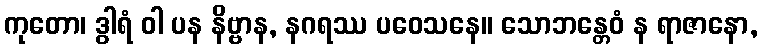
ကုတော၊ ဒွါရံ ဝါ ပန နိဗ္ဗာန, နဂရဿ ပဝေသနေ။ သောဘန္တေဝံ န ရာဇာနော,